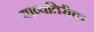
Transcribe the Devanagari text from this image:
याव्यतिरीक्त